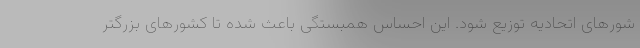
شورهای اتحادیه توزیع شود. این احساس همبستگی باعث شده تا کشورهای بزرگتر